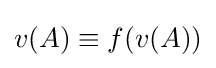
v(A)\equiv f(v(A))